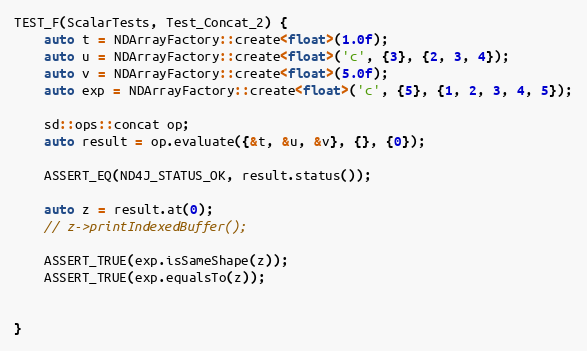
Language: C++
TEST_F(ScalarTests, Test_Concat_2) {
    auto t = NDArrayFactory::create<float>(1.0f);
    auto u = NDArrayFactory::create<float>('c', {3}, {2, 3, 4});
    auto v = NDArrayFactory::create<float>(5.0f);
    auto exp = NDArrayFactory::create<float>('c', {5}, {1, 2, 3, 4, 5});

    sd::ops::concat op;
    auto result = op.evaluate({&t, &u, &v}, {}, {0});

    ASSERT_EQ(ND4J_STATUS_OK, result.status());

    auto z = result.at(0);
    // z->printIndexedBuffer();

    ASSERT_TRUE(exp.isSameShape(z));
    ASSERT_TRUE(exp.equalsTo(z));

}